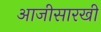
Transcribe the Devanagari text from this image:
आजीसारखी